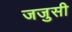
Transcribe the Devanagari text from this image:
जजुसी